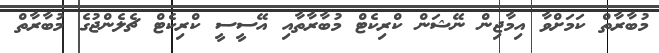
މުބާރާތް ކަމަށްވާ އިމާޖިން ނޭޝަން ކްރިކެޓް މުބާރާތާއި އޭސީސީ ކްރިކެޓް ޗެލެންޖުގެ މުބާރާތް